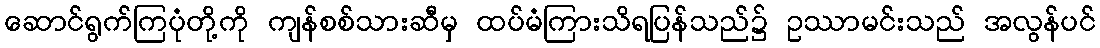
ဆောင်ရွက်ကြပုံတို့ကို ကျန်စစ်သားဆီမှ ထပ်မံကြားသိရပြန်သည်၌ ဥဿာမင်းသည် အလွန်ပင်